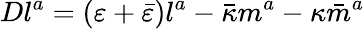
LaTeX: Dl^{a}=(\varepsilon+{\bar{\varepsilon}})l^{a}-{\bar{\kappa}}m^{a}-\kappa{\bar{m}}^{a}